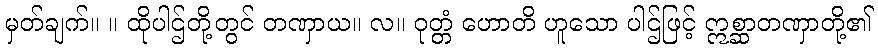
မှတ်ချက်။ ။ ထိုပါဌ်တို့တွင် တဏှာယ။ လ။ ဝုတ္တံ ဟောတိ ဟူသော ပါဌ်ဖြင့် ဣစ္ဆာတဏှာတို့၏